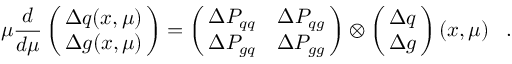
\mu \frac { { d } } { { d } \mu } \left( \! \! \begin{array} { c } { { { \Delta q ( x , \mu ) } } } \\ { { { \Delta g ( x , \mu ) } } } \end{array} \! \! \right) = \left( \! \! \begin{array} { c c } { { \Delta { \cal P } _ { q q } } } & { { \Delta { \cal P } _ { q g } } } \\ { { \Delta { \cal P } _ { g q } } } & { { \Delta { \cal P } _ { g g } } } \end{array} \! \! \right) \otimes \left( \! \! \begin{array} { c } { { { \Delta q } } } \\ { { { \Delta g } } } \end{array} \! \! \right) ( x , \mu ) \; \; \; .